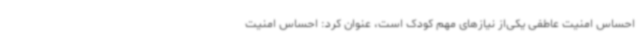
احساس امنیت عاطفی یکی‌از نیازهای مهم کودک است، عنوان کرد: احساس امنیت